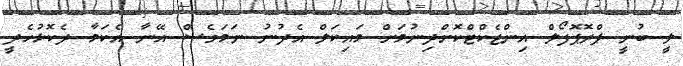
ލީ ބުނީ ޕްރޮޕޮފޯލް އިންޖެކްޓްކޮށްދިނުމަށް މައިކަލް އެދުނު ނަމަވެސް އޭނާ އެކަމާ ދެކޮޅުހެދީ